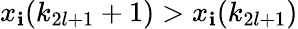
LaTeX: x_{\mathbf{i}}(k_{2l+1}+1)>x_{\mathbf{i}}(k_{2l+1})